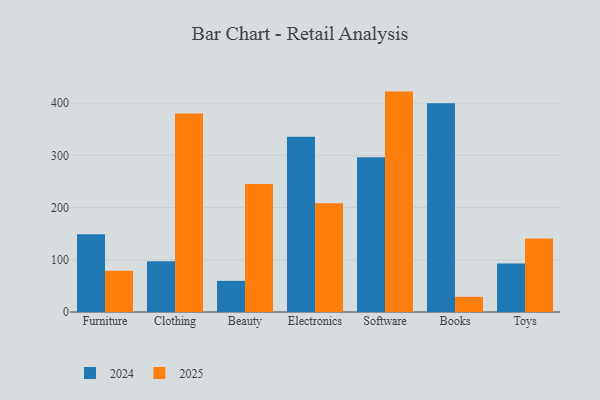
{"axis": {"x": "Category", "y": "Active Users"}, "legend": ["2024", "2025"], "data": [{"x": "Furniture", "y": 149.0, "type": "2024"}, {"x": "Furniture", "y": 78.9, "type": "2025"}, {"x": "Clothing", "y": 97.1, "type": "2024"}, {"x": "Clothing", "y": 380.0, "type": "2025"}, {"x": "Beauty", "y": 59.7, "type": "2024"}, {"x": "Beauty", "y": 245.2, "type": "2025"}, {"x": "Electronics", "y": 335.4, "type": "2024"}, {"x": "Electronics", "y": 208.2, "type": "2025"}, {"x": "Software", "y": 296.2, "type": "2024"}, {"x": "Software", "y": 422.0, "type": "2025"}, {"x": "Books", "y": 399.8, "type": "2024"}, {"x": "Books", "y": 29.1, "type": "2025"}, {"x": "Toys", "y": 92.8, "type": "2024"}, {"x": "Toys", "y": 140.8, "type": "2025"}]}